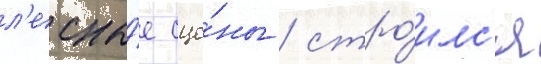
л'есны́е сце́ны / стро́илс'я